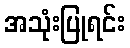
အသုံးပြုရင်း